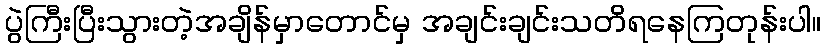
ပွဲကြီးပြီးသွားတဲ့အချိန်မှာတောင်မှ အချင်းချင်းသတိရနေကြတုန်းပါ။